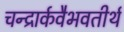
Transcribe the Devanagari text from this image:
चन्द्रार्कवैभवतीर्थ